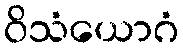
ဝိသံယောဂံ